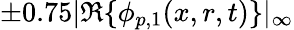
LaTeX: \pm 0.75|\mathfrak{R}\{ \phi_{p,1}(x,r,t)\} |_{\infty}